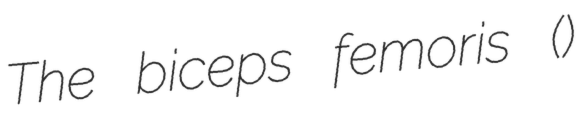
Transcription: The biceps femoris ()